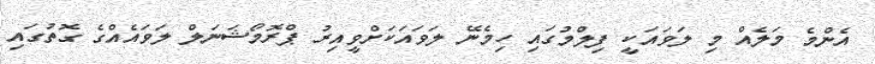
އެންމެ މަލެއް މި ލަވައަކީ ފިލްމުގައި ހިމެނޭ ލަވައަކަށްވީއިރު ޕްރޮމޯޝަނަލް ލަވައެއްގެ ގޮތުގައި